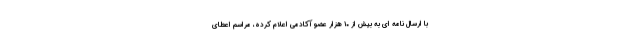
با ارسال نامه ای به بیش از ۱۰ هزار عضو آکادمی اعلام کرده، مراسم اعطای